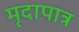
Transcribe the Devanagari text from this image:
मृदापात्र